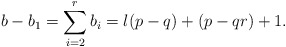
\begin{align*} b-b_1=\sum_{i=2}^r b_i= l(p-q) + (p-qr) + 1. \end{align*}